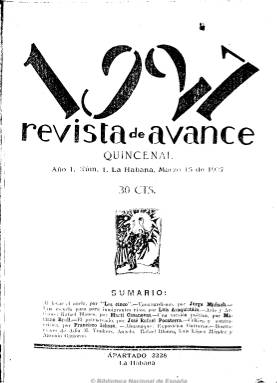
Título: Revista de avance
Colección: Literatura
Ámbito geográfico: Cuba
Lugar de publicación: La Habana
Fechas: 15/03/1927-15/01/1929

Es considerada como la publicación más importante y singular del movimiento de renovación integral de la vida artística, literaria, intelectual y política cubana. Fue difusora de las vanguardias europeas, principalmente la española, así como de otras literaturas y artes del continente americano, y órgano de sus entonces jóvenes intelectuales o lugar de exhibición del vanguardismo plástico, estético y literario cubano, que la propia revista inauguró. Se publica entre los años 1927 y 1930, centro cronológico del grupo generacional artístico y político (1923-1933) que fue pórtico de la posterior revolución cubana, tal como lo expresa Carlos Ripoll en su ensayo de 1964 sobre la revista. Comienza a publicarse, en entregas quincenales, el 15 de marzo de 1927, siendo sus editores los fundadores del Grupo Minorista, Alejo Carpentier (1904-1980), Francisco Ichaso (1901-1962), Jorge Mañach (1898-1961), Juan Marinello (1898-1977) y Martí Casanovas (1894-1966), siendo este el único español, pero radicado en Cuba. Se la conoce para identificarla por el subtítulo “revista de avance” que adoptó y prevaleció en su portada (estampada a color con plástica vanguardista), aunque su verdadera cabecera fue cambiante y correspondió a cada año de edición: 1927, 1928, 1929 y 1930. Ello fue un signo más de la actitud transgresora de las vanguardias y sobre el particular los propios editores escribieron en su artículo de presentación, bajo el epígrafe Al levar el ancla: “No que creamos que 1927 signifique nada, sin embargo. El año que viene, si aún seguimos navegando, pondremos en la proa ’1928’; y al otro, ‘1929’; y así… ¡Queremos movimiento, cambio, avance, hasta en el nombre!”.

En el segundo número, Carpentier será sustituido en el consejo editorial por José Zacarías Tallet (1893-1998), que permaneció en el hasta el número 26; y cuando Casanovas es acusado de comunista, encarcelado y expulsado del país, su puesto será ocupado, desde el número once, por Félix Lizaso (1891-1967), por lo que continuaron siendo “Los Cinco” o “Los 5” (a partir del número 27, serán cuatro) los firmantes del primer artículo de cada entrega, que, bajo el epígrafe Directrices, es considerada la sección más importante de la revista, en la que se comentarán temas y acontecimientos culturales y artísticos o los conflictos políticos de Cuba y otros de carácter internacional. En esta especie de sección editorial se escribirá sobre los centenarios de Góngora o Goya, se defenderá la reforma universitaria cubana, se censurará el imperialismo, se auspiciarán exposiciones o se dará respaldo a las vanguardistas.

Otras secciones de la revista son Letras hispánicas y Letras extranjeras, en las que se ofrecen las novedades estéticas y literarias. En la primera sus editores y colaboradores escriben comentarios sobre obras y trabajos que vienen de fuera de la isla, de españoles como Dámaso Alonso, Luis Araquistain, Ramón Gómez de la Serna, Federico García Lorca, Guillermo de Torre, Ramón María del Valle Inclán o de Azorín, o del argentino Jorge Luis Borges; pero también de los autores cubanos, como el propio Lizaso, Eugenio Florit, Mariano Brull o Regino Boti. En la segunda son comentadas, entre otras, obras de Waldo Frank, Curzio Malaparte o Henri Babusse. En la sección Almanaque se publicarán reseñas o notas sobre la otra cultura europea y americana, de sus libros, obras teatrales y cinematográficas o de síntesis de revistas, y en la misma aparecen comentadas conferencias de Ramiro de Maeztu, Américo Castro, Gregorio Marañón, Max Enríquez Ureña o José Vasconcelos, así como acontecimientos nacionales y culturales cubanos: exposiciones, conciertos, homenajes e inauguraciones. Y en la titulada Index Barbarorum serán enjuiciados errores o abusos del lenguaje. A ello, la revista suma artículos, ensayos, textos en verso, fragmentos de novelas, narraciones, semblanzas y críticas literarias, pictóricas, musicales o teatrales. Así, aparecen por vez primera traducidos en la isla textos de Jorge Santayana, André Gide o Máximo Gorki, ensayos de Bertrand Russell o críticas de John Dos Passos, Ezra Pound o Paul Valéry, o un drama de Eugene O’Oneill.

La base ideológica de la revista se enmarcará en un verdadero descubrimiento y revalorización del pensamiento del “héroe nacional” José Martí (1853-1895), en la búsqueda de las raíces de la nacionalidad y la identidad cubanas y en el combate contra el imperialismo y el caudillismo, pero sin corsé partidista. Ripoll señala que muchas de las mejores páginas de Mañach, Marinello, Ichaso y Lizaso se escribieron en esta revista, pero la nómina de escritores cubanos que la enriquecieron es larguísima, comenzando muchos de ellos aquí sus carreras literarias, y entre estos aparecen Agustín Acosta, Regino E. Boti, Mariano Brull, Alfonso Hernández Catá (de origen español), Enrique José Varona, Medardo Vitier o José María Chacón y Calvo. Además de escribir sobre el vanguardismo o sobre Martí, lo harán sobre el criollismo, la intelectualidad y las inquietudes cubanas, sobre arte y política, pero también sobre Henrik Ibsen, Luis de Góngora o Fernando de los Ríos. Entre los colaboradores españoles estuvieron José Ortega y Gasset, Miguel de Unamuno (que ofrece una curiosa interpretación del vanguardismo cubano), Américo Castro, Francisco Ayala, Guillermo Díaz Plaja, Benjamín Jarnés, Eugenio D’Ors, Fernando de los Ríos o Araquistain, así como el poeta Federico García Lorca, y los hispanoamericanos Alfonso Reyes o César Vallejo, entre otros muchos.

Manuel Aznar, Ramiro de Maeztu o Mañach escribieron sobre la “esencial incomprensión entre España y América”; Leopoldo Lugones y Araquistain polemizan sobre cuestiones internacionales; se respalda al Grupo Minorista y la independencia cubana, su arte vernáculo y el nuevo; se protesta por el encarcelamiento de sus editores; se da respuesta al paternalismo de algunos escritores españoles; se defenderá al pintor Diego Rivera; se indagará a través de una encuesta sobre lo que debe ser el arte americano; se explorará sobre la poesía negra, pero también la experimental, o la de signo proletario o socializante representada por Regino Pedroso, participando asimismo en la polémica entre la revista madrileña La Gaceta literaria (1927-1932), de Ernesto Giménez Caballero, y la bonaerense Martín Fierro (1924-1927).

Revista de avance es también una publicación destacada para la plástica y las bellas artes, al ofrecer en sus páginas numerosas ilustraciones y grabados de dibujos y retratos, entre otros. Son reproducidas obras de Jean Cocteau, Salvador Dalí, Pablo Picasso, Diego Rivera o de Henri Matisse, pero también del cubano Antonio Gattorno, entre otros muchos; e ilustran sus páginas pintores isleños como Carlos Enríquez Gómez, Eduardo Abela o Víctor Manuel García, o el español José Moreno Villa, entre otros. También publica estudios sobre música cubana y sus compositores, entre ellos Pedro Sanjuán, Amadeo Roldán y Alejandro García Caturla, y no quedan al margen otros textos sobre física, ciencias sociales, economía, política, historia, arquitectura, cinematografía e, incluso, deportes. Fernando Ortiz Fernández publica sus trabajos etnográficos y Lydia Cabrera ofrece sus cuentos folclóricos sobre el ascendente africano de la poesía cubana, el negrismo y el indigenismo sustentado por Mariátegui.

Revista de avance se sumó así al movimiento de otras revistas hispanoamericanas, europeas y españolas de las vanguardias artísticas y literarias, y publicará algunos números extraordinarios, como los dedicados al español Ramón Gómez de la Serna (25), a México y sus escritores (28), a José Martí (31), al hispanista e hispanoamericanista norteamericano Waldo Frank (42) o al homenaje póstumo al peruano José Carlos Mariátegui (47). Además de organizadora de la exposición Arte nuevo, por la que se considera oficialmente inaugurado el vanguardismo en Cuba, desde la revista también se creó una editorial, que publicará obras de Mañach, Marinello, Ichaso o Sergio Carbó, entre otros.

Fue estampada en La Habana, en entregas de paginación variable –en torno a la treintena y compuestas a dos columnas- y continuada en cada tomo. El primero contiene hasta el número 12, de 30 de septiembre de 1927 (326 p.). El segundo, los números 13 a 17, desde el quince de octubre al 15 de diciembre de 1927 (140 p.). En su segundo año, sus entregas serán definitivamente mensuales y el tercer tomo recoge de la 18 a la 29, desde el quince de enero al 15 de diciembre de 1928 (368 p.). El tomo cuarto, que corresponde al tercer año, incluye los números 30 a 41, de quince de enero a quince de diciembre de 1929 (380 p.), siendo este el último de la colección en la Biblioteca Nacional de España. En 1930 publica un quinto tomo (287 p.) hasta alcanzar su entrega 50 y última, que salió con retraso para incluir una protesta contra la disolución por parte del gobierno tirano de Gerardo Machado de la manifestación universitaria del 30 de septiembre de ese año, en la que muere el estudiante Rafael Trejo y se produce la detención de Marinello. Ante la previsión de la suspensión de las garantías constitucionales y la instauración de la censura previa, la revista anunció su cierre.

Cada tomo incluye un índice de autores y Carlos Ripoll publica también, en 1969, los índices de autores, pintores, títulos, primeros versos, onomástico y temático de la revista, acompañados de un prólogo. Abundan las referencias sobre la misma y el movimiento vanguardista cubano, y citamos aquí los trabajos de Klaus Müller-Berg (1969), Cida Solano Chase (1976), Hugo Verani (1987), Jorge Schwartz (1991), Enriqueta Morillas Ventura (1992), Francine Masiello (1993), Celina Manzoni (1999 y 2004), Gloria Videla de Rivero (2011) y Michèle Guicharnaud-Tollis (2012).